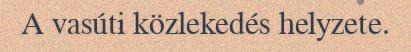
A vasúti közlekedés helyzete.